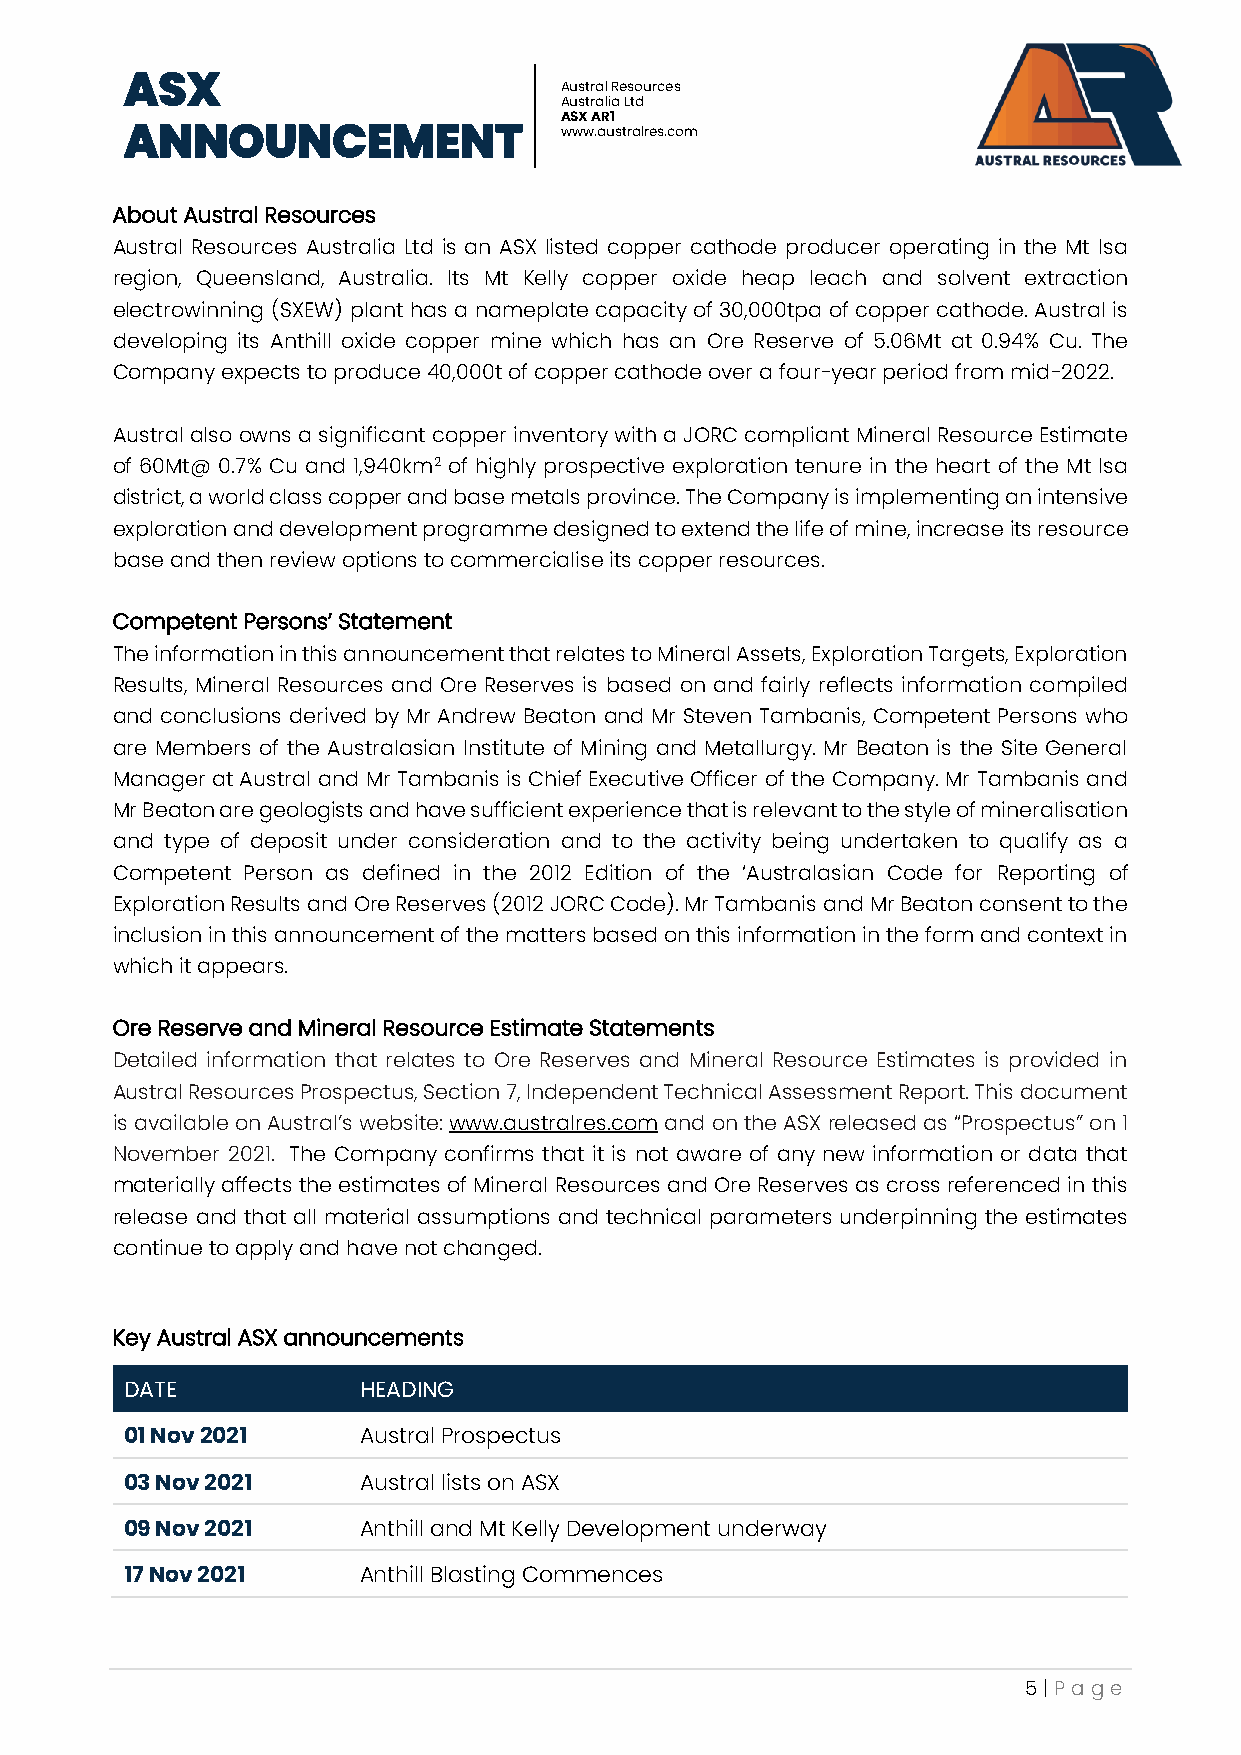
ASX
 Austral Resources
 Australia Ltd
 ASX AR1
 ANNOUNCEMENT                 www.australres.com
 About Austral Resources
 Austral Resources Australia Ltd is an ASX listed copper cathode producer operating in the Mt Isa
 region, Queensland, Australia. Its Mt Kelly copper oxide heap leach and solvent extraction
 electrowinning (SXEW) plant has a nameplate capacity of 30,000tpa of copper cathode. Austral is
 developing its Anthill oxide copper mine which has an Ore Reserve of 5.06Mt at 0.94% Cu. The
 Company expects to produce 40,000t of copper cathode over a four-year period from mid-2022.
 Austral also owns a significant copper inventory with a JORC compliant Mineral Resource Estimate
 of 60Mt@ 0.7% Cu and 1,940km2 of highly prospective exploration tenure in the heart of the Mt Isa
 district, a world class copper and base metals province. The Company is implementing an intensive
 exploration and development programme designed to extend the life of mine, increase its resource
 base and then review options to commercialise its copper resources.
 Competent Persons’ Statement
 The information in this announcement that relates to Mineral Assets, Exploration Targets, Exploration
 Results, Mineral Resources and Ore Reserves is based on and fairly reflects information compiled
 and conclusions derived by Mr Andrew Beaton and Mr Steven Tambanis, Competent Persons who
 are Members of the Australasian Institute of Mining and Metallurgy. Mr Beaton is the Site General
 Manager at Austral and Mr Tambanis is Chief Executive Officer of the Company. Mr Tambanis and
 Mr Beaton are geologists and have sufficient experience that is relevant to the style of mineralisation
 and type of deposit under consideration and to the activity being undertaken to qualify as a
 Competent Person as defined in the 2012 Edition of the ‘Australasian Code for Reporting of
 Exploration Results and Ore Reserves (2012 JORC Code). Mr Tambanis and Mr Beaton consent to the
 inclusion in this announcement of the matters based on this information in the form and context in
 which it appears.
 Ore Reserve and Mineral Resource Estimate Statements
 Detailed information that relates to Ore Reserves and Mineral Resource Estimates is provided in
 Austral Resources Prospectus, Section 7, Independent Technical Assessment Report. This document
 is available on Austral’s website: www.australres.com and on the ASX released as “Prospectus” on 1
 November 2021. The Company confirms that it is not aware of any new information or data that
 materially affects the estimates of Mineral Resources and Ore Reserves as cross referenced in this
 release and that all material assumptions and technical parameters underpinning the estimates
 continue to apply and have not changed.
 Key Austral ASX announcements
 DATE            HEADING
 01 Nov 2021     Austral Prospectus
 03 Nov 2021     Austral lists on ASX
 09 Nov 2021     Anthill and Mt Kelly Development underway
 17 Nov 2021     Anthill Blasting Commences
 5 | P age